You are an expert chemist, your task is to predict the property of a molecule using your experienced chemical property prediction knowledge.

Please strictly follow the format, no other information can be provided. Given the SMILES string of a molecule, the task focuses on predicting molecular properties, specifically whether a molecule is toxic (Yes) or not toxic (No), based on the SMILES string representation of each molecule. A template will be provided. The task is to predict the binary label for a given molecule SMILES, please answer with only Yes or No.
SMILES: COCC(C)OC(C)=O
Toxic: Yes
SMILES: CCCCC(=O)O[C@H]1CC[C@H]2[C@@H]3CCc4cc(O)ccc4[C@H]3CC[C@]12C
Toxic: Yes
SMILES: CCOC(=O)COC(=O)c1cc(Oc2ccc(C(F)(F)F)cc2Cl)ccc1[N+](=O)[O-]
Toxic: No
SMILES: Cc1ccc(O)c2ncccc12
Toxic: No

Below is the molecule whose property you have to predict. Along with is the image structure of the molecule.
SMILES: CCCCCOC(=O)c1ccc(O)cc1
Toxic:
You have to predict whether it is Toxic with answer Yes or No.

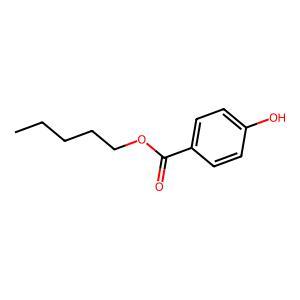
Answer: No